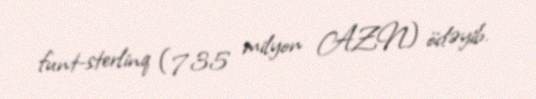
funt-sterlinq (735 milyon AZN) ödəyib.